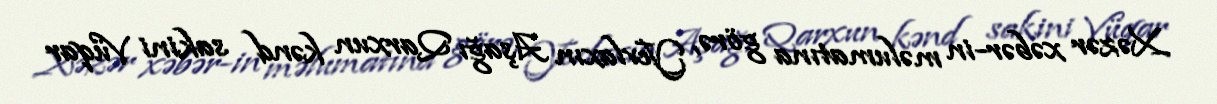
Xəzər xəbər-in məlumatına görə, Yevlaxın Aşağı Qarxun kənd sakini Vüqar